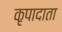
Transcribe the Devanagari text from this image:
कृपादाता